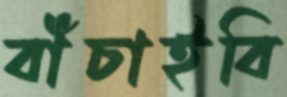
বাঁচাইবি